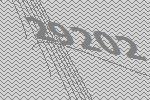
29202